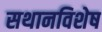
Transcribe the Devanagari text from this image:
सथानविशेष